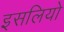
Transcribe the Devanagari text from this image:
इसलियो